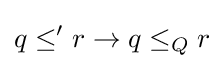
q\leq 'r\to q\leq _{Q}r